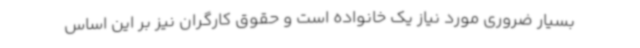
بسیار ضروری مورد نیاز یک خانواده است و حقوق کارگران نیز بر این اساس